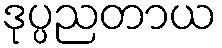
ဒုပ္ပညတာယ